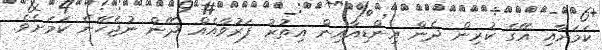
ކަމަށާއި އޭގެ ކުރިން ދެން އިންޑިއާއިން އިތުރު ފަރުވާއެއް ދޭން ނުޖެހޭނެ ކަމަށެވެ.